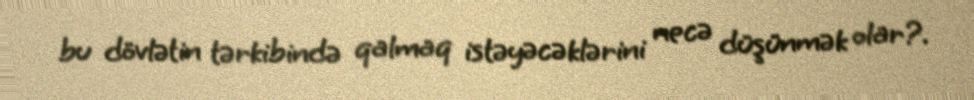
bu dövlətin tərkibində qalmaq istəyəcəklərini necə düşünmək olar?.